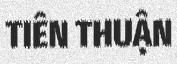
TIÊN THUẬN